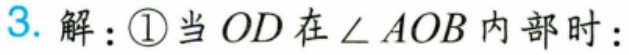
3. 解：\textcircled{1}当\(OD\)在\(\angle AOB\)内部时：